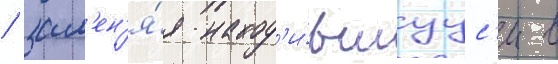
/ зам'ен'я́я наход'и́вшуус'я в